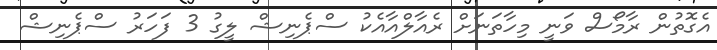
އެގޮތުން ރާމޯސް ވަނީ މިހާތަނަށް ރެއާލްއާއެކު ސްޕެނިޝް ލީގު 3 ފަހަރު ސްޕެނިޝް